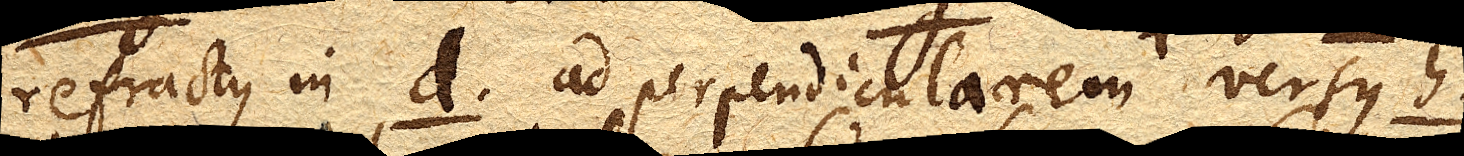
refractus in d. ad perpendicularem versus h.